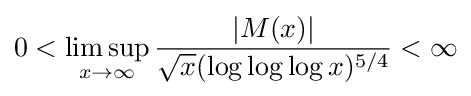
0<\limsup _{x\to \infty }{\frac {|M(x)|}{{\sqrt {x}}(\log \log \log x)^{5/4}}}<\infty